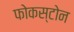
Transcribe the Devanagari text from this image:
फोकस्टोन